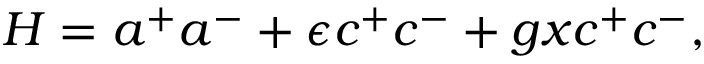
H = a ^ { + } a ^ { - } + \epsilon c ^ { + } c ^ { - } + g x c ^ { + } c ^ { - } ,